Elephants and their diseases
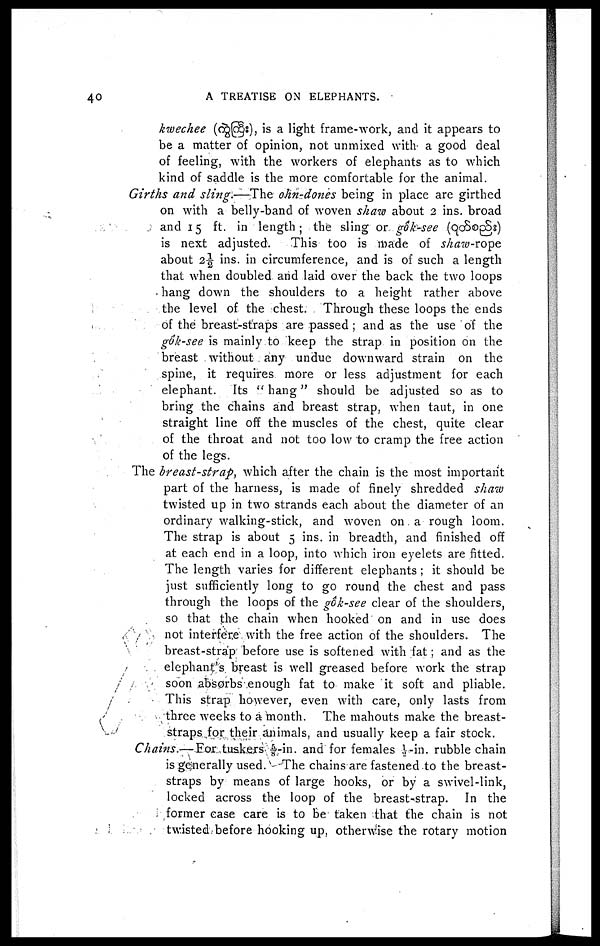
40
A TREATISE ON ELEPHANTS.
kwechee (
), is a light frame-work, and it appears to
be a matter of opinion, not unmixed with a good deal
of feeling, with the workers of elephants as to which
kind of saddle is the more comfortable for the animal.
Girths and sling.—The ohn-dones being in place are girthed
on with a belly-band of woven shaw about 2 ins. broad
and 15 ft. in length; the sling or gok-see (
)
is next adjusted.
This too is made of shaw-rope
about 2½ ins. in circumference, and is of such a length
that when doubled and laid over the back the two loops
hang down the shoulders to a height rather above
the level of the chest. Through these loops the ends
of the breast-straps are passed ; and as the use of the
gok-see is mainly to keep the strap in position on the
breast without any undue downward strain on the
spine, it requires more or less adjustment for each
elephant. Its " hang" should be adjusted so as to
bring the chains and breast strap, when taut, in one
straight line off the muscles of the chest, quite clear
of the throat and not too low to cramp the free action
of the legs.
The breast-strap, which after the chain is the most important
part of the harness, is made of finely shredded shaw
twisted up in two strands each about the diameter of an
ordinary walking-stick, and woven on a rough loom.
The strap is about 5 ins. in breadth, and finished off
at each end in a loop, into which iron eyelets are fitted.
The length varies for different elephants ; it should be
just sufficiently long to go round the chest and pass
through the loops of the gok-see clear of the shoulders,
so that the chain when hooked on and in use does
not interfere with the free action of the shoulders. The
breast-strap before use is softened with fat; and as the
elephant's breast is well greased before work the strap
soon absorbs enough fat to make it soft and pliable.
This strap however, even with care, only lasts from
three weeks to a month. The mahouts make the breast-
straps for their animals, and usually keep a fair stock.
Chains.— For tuskers ⅝ - in. and for females ½ - in. rubble chain
is generally used. The chains are fastened to the breast-
straps by means of large hooks, or by a swivel-link,
locked across the loop of the breast»strap. In the
former ease care is to be taken that the chain is not
twisted before hooking up, otherwise the rotary motion